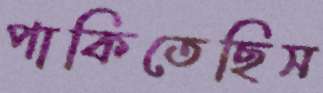
পাকিতেছিস